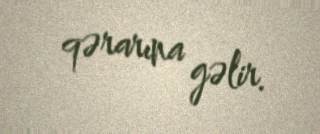
qərarına gəlir.